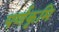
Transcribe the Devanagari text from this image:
पर्णकृमि